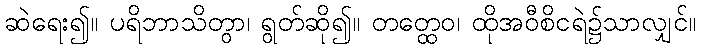
ဆဲရေး၍။ ပရိဘာသိတွာ၊ ရွတ်ဆို၍။ တတ္ထေဝ၊ ထိုအဝီစိငရဲ၌သာလျှင်။